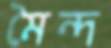
মৈন্দ